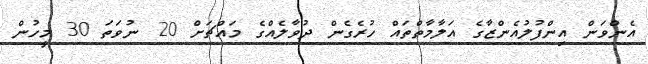
އެންވަން އިންފުލުއެންޒާގެ އަލާމާތްތައް ހުރެގެން ދުވާލެއްގެ މައްޗަށް 20 ނުވަތަ 30 މީހުން